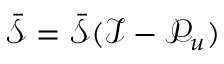
\bar { \mathcal { S } } = \bar { \mathcal { S } } ( \mathcal { I } - \mathcal { P } _ { u } )